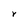
Character: Y